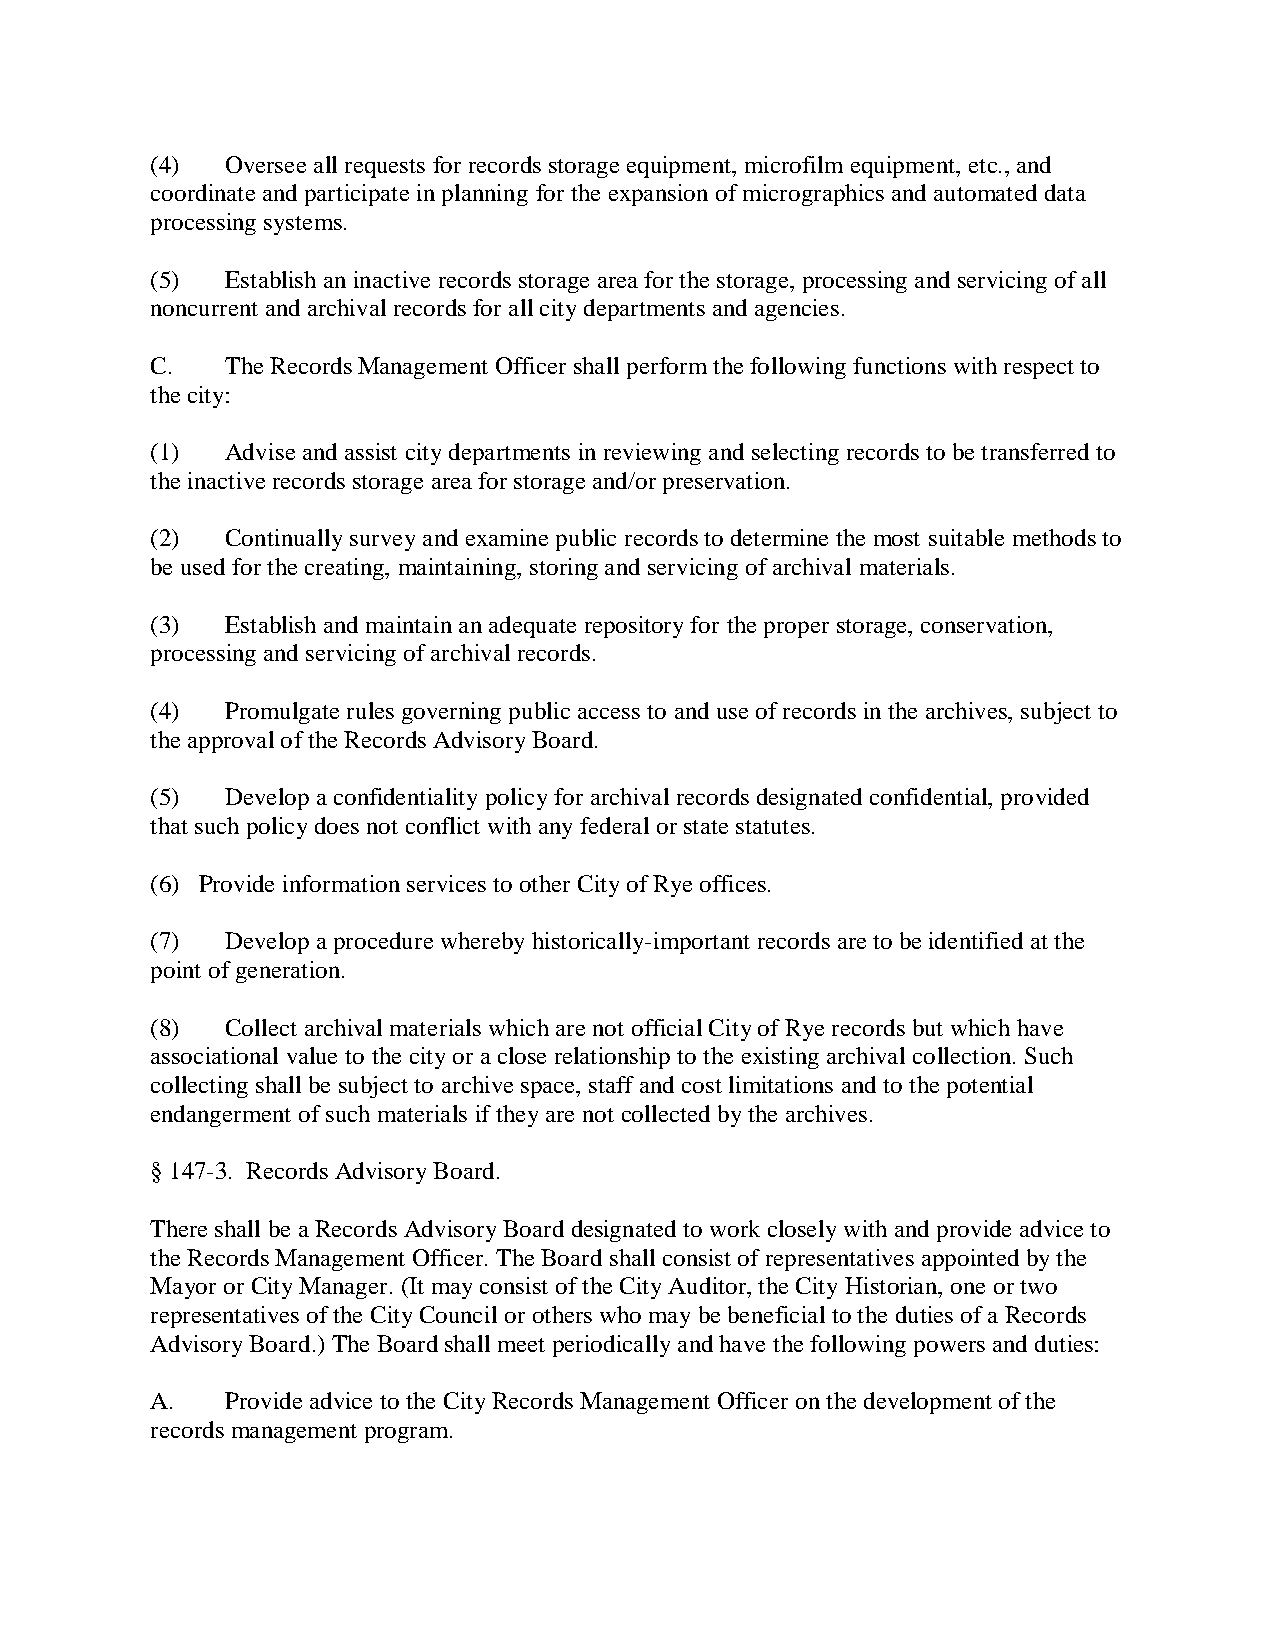
(4)  Oversee all requests for records storage equipment, microfilm equipment, etc., and
 coordinate and participate in planning for the expansion of micrographics and automated data
 processing systems.
 (5)  Establish an inactive records storage area for the storage, processing and servicing of all
 noncurrent and archival records for all city departments and agencies.
 C.   The Records Management Officer shall perform the following functions with respect to
 the city:
 (1)  Advise and assist city departments in reviewing and selecting records to be transferred to
 the inactive records storage area for storage and/or preservation.
 (2)  Continually survey and examine public records to determine the most suitable methods to
 be used for the creating, maintaining, storing and servicing of archival materials.
 (3)  Establish and maintain an adequate repository for the proper storage, conservation,
 processing and servicing of archival records.
 (4)  Promulgate rules governing public access to and use of records in the archives, subject to
 the approval of the Records Advisory Board.
 (5)  Develop a confidentiality policy for archival records designated confidential, provided
 that such policy does not conflict with any federal or state statutes.
 (6) Provide information services to other City of Rye offices.
 (7)  Develop a procedure whereby historically-important records are to be identified at the
 point of generation.
 (8)  Collect archival materials which are not official City of Rye records but which have
 associational value to the city or a close relationship to the existing archival collection. Such
 collecting shall be subject to archive space, staff and cost limitations and to the potential
 endangerment of such materials if they are not collected by the archives.
 § 147-3. Records Advisory Board.
 There shall be a Records Advisory Board designated to work closely with and provide advice to
 the Records Management Officer. The Board shall consist of representatives appointed by the
 Mayor or City Manager. (It may consist of the City Auditor, the City Historian, one or two
 representatives of the City Council or others who may be beneficial to the duties of a Records
 Advisory Board.) The Board shall meet periodically and have the following powers and duties:
 A.   Provide advice to the City Records Management Officer on the development of the
 records management program.